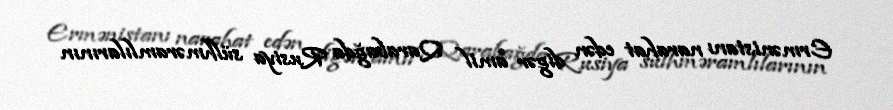
Ermənistanı narahat edən digər amil Qarabağda Rusiya sülhməramlılarının